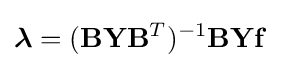
{\boldsymbol {\lambda }}=(\mathbf {B} \mathbf {Y} \mathbf {B} ^{T})^{-1}\mathbf {B} \mathbf {Y} \mathbf {f}